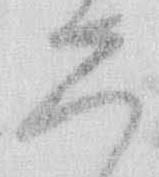
し